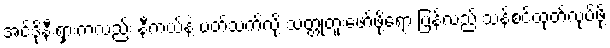
အင်ဒိုနီးရှားကလည်း နီကယ်နဲ့ ပတ်သက်လို့ သတ္တုတူးဖော်ဖို့ရော ပြန်လည် သန့်စင်ထုတ်လုပ်ဖို့